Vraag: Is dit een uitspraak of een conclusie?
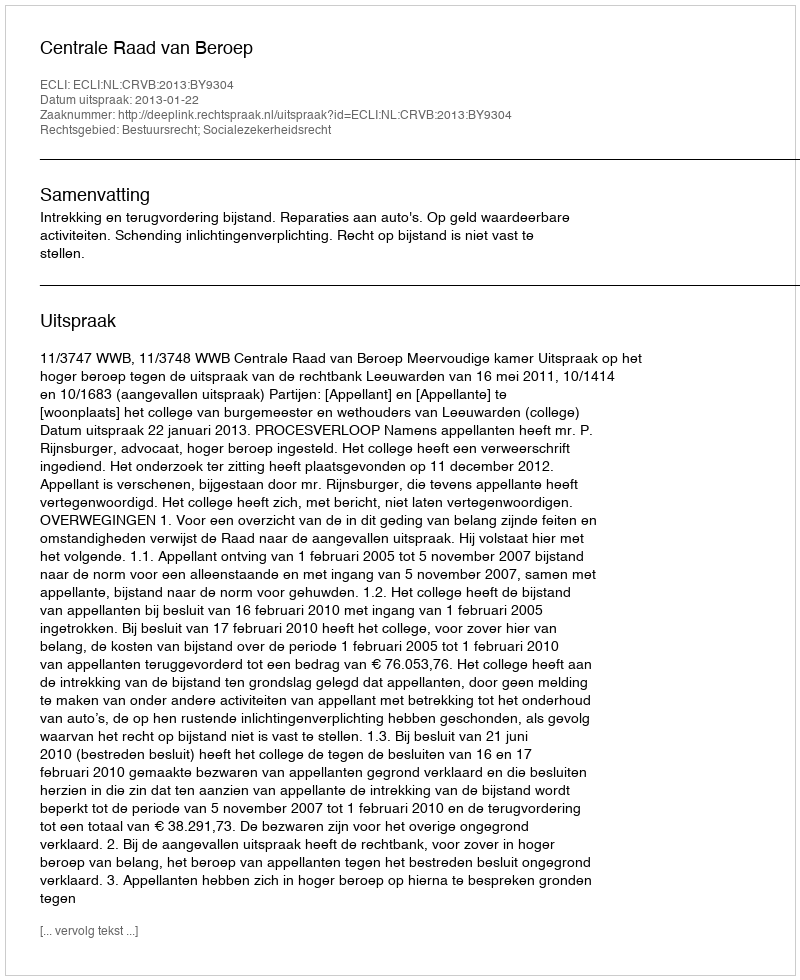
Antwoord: Uitspraak